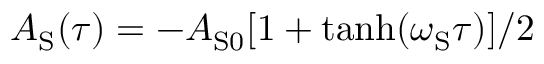
A _ { \mathrm { S } } ( \tau ) = - A _ { \mathrm { S 0 } } [ 1 + \operatorname { t a n h } ( \omega _ { \mathrm { S } } \tau ) ] / 2